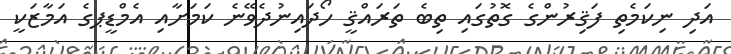
އަދި ނިކަމެތި ފަޤިރުންގެ ގޮތުގައި ތިބެ ތަރައްޤީ ހޯދައިނުދެވޭނެ ކަމަށާއި އެމްޑީޕގެ އަމާޒަކީ